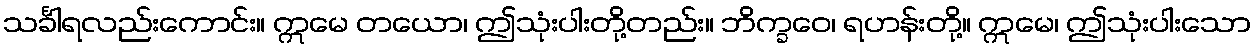
သင်္ခါရလည်းကောင်း။ ဣမေ တယော၊ ဤသုံးပါးတို့တည်း။ ဘိက္ခဝေ၊ ရဟန်းတို့။ ဣမေ၊ ဤသုံးပါးသော